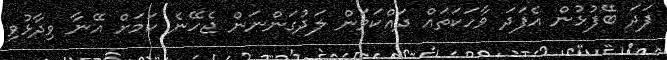
ފަދަ ބޭފުޅުން އެފަދަ ވާހަކަތައް ދައްކަވަން ލަދުގަންނަން ޖެހޭނެ ކަމަށް އޭނާ ވިދާޅުވި